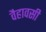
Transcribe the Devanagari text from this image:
वैहावसी